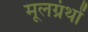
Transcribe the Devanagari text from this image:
मूलग्रंथों